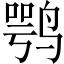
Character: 鹗